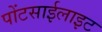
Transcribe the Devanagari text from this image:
पोंटसाईलाइट